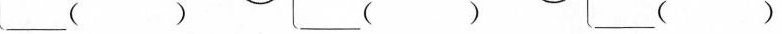
___（）___（）___（）